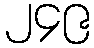
၂၄၉